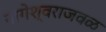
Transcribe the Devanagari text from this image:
नागेश्वराजवळ